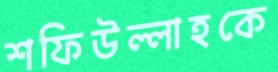
শফিউল্লাহকে